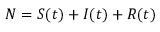
N = S ( t ) + I ( t ) + R ( t )